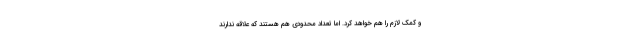
و کمک لازم را هم خواهد کرد. اما تعداد محدودی هم هستند که علاقه ندارند